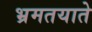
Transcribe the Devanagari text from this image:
भ्रमतयाते